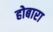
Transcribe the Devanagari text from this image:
होबारा